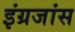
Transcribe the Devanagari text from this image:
इंग्रजांस